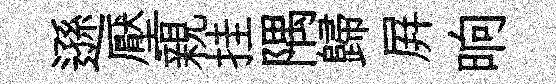
遜壓親挂隅歸屛晌